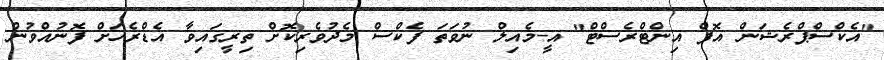
"އެކްސްޕްރެޝަން އޮފް އިންޓްރެސްޓް" އީ-މެއިލް ނުވަތަ ފެކްސް މެދުވެރިކޮށް ތިރީގައިވާ އެޑްރެހަށް ފޮނުއްވުން